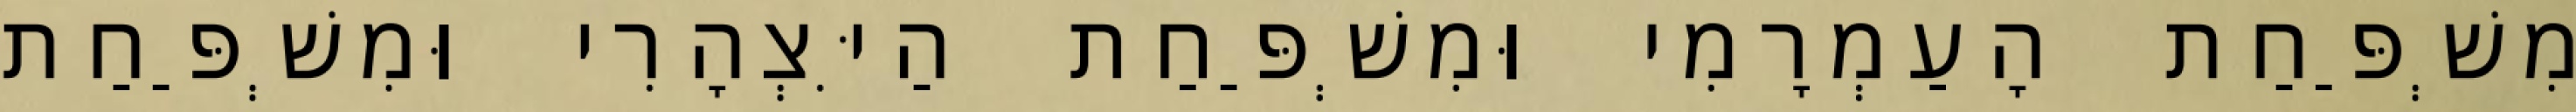
מִשְׁפַּחַת הָעַמְרָמִי וּמִשְׁפַּחַת הַיִּצְהָרִי וּמִשְׁפַּחַת